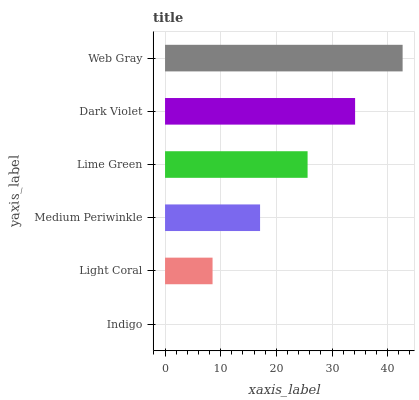
| yaxis_label | bars |
 | --- | --- |
 | Indigo | 0 |
 | Light Coral | 8.54 |
 | Medium Periwinkle | 17.1 |
 | Lime Green | 25.6 |
 | Dark Violet | 34.1 |
 | Web Gray | 42.7 |